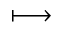
\longmapsto